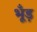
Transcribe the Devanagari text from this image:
भूँड़